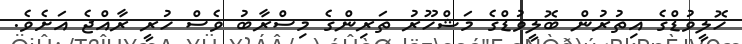
ހޮލީވުޑްގެ އިތުރުން ބޮލީވުޑްގެ މަޝްހޫރު ތަރިންގެ މިސްރާބު ވެސް ހުރީ ރާއްޖެ އަށެވެ.